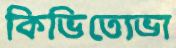
কিভিতোভা